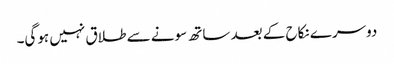
دوسرے نکاح کے بعد ساتھ سونے سے طلاق نہیں ہوگی۔